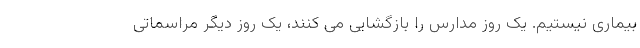
بیماری نیستیم. یک روز مدارس را بازگشایی می کنند، یک روز دیگر مراسماتی